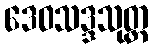
ဒေဝသဒ္ဒသုတ္တ